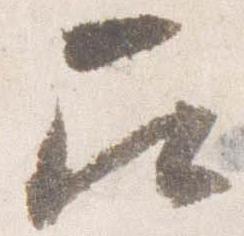
召